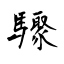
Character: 驟